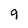
Character: 9